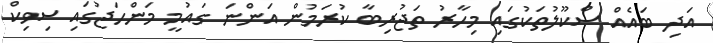
އަދި ބައެއް ސްކޫލުތަކުގައި މިހާރު ތަޖުރިބާ ކުރަމުން އަންނަ ގައުމީ މަންހަޖުގައި ސިވިކް